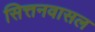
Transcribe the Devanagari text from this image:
सित्तनवासल